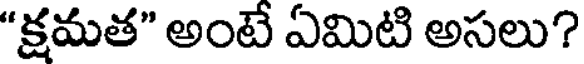
"క్షమత" అంటే ఏమిటి అసలు?